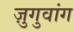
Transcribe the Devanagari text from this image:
ज़ुगुवांग